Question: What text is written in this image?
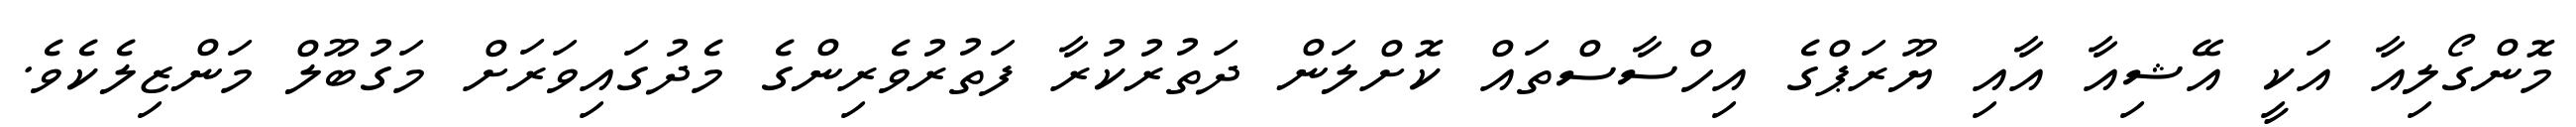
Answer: މޮންގޯލިއާ އަކީ އޭޝިއާ އާއި ޔޫރަޕްގެ އިހްސާސްތައް ކޮށްލަން ދަތުރުކުރާ ފަތުރުވެރިންގެ މެދުގައިވަރަށް މަގުބޫލް މަންޒިލެކެވެ.